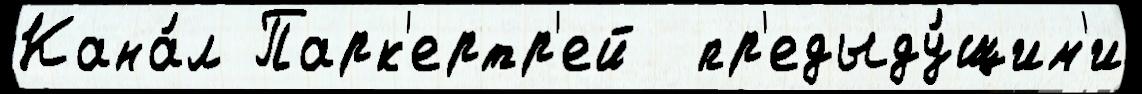
Кана́л Парк'ертр'ей  пр'едыду́щим'и